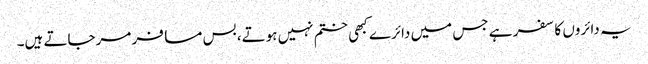
یہ دائروں کا سفر ہے جس میں دائرے کبھی ختم نہیں ہوتے، بس مسافر مرجاتے ہیں۔